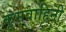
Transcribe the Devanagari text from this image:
कूमवाहिनी